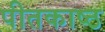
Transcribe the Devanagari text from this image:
पीतकाष्ठ